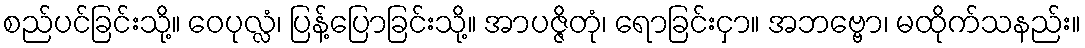
စည်ပင်ခြင်းသို့။ ဝေပုလ္လံ၊ ပြန့်ပြောခြင်းသို့။ အာပဇ္ဇိတုံ၊ ရောခြင်းငှာ။ အဘဗ္ဗော၊ မထိုက်သနည်း။